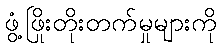
ဖွံ့ဖြိုးတိုးတက်မှုများကို